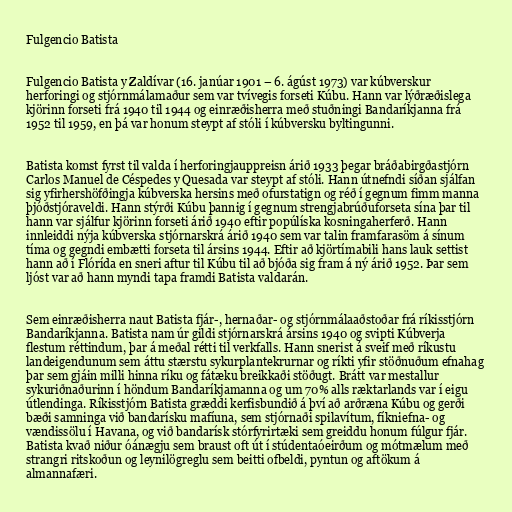
Fulgencio Batista

Fulgencio Batista y Zaldívar (16. janúar 1901 – 6. ágúst 1973) var kúbverskur
herforingi og stjórnmálamaður sem var tvívegis forseti Kúbu. Hann var lýðræðislega
kjörinn forseti frá 1940 til 1944 og einræðisherra með stuðningi Bandaríkjanna frá
1952 til 1959, en þá var honum steypt af stóli í kúbversku byltingunni.

Batista komst fyrst til valda í herforingjauppreisn árið 1933 þegar bráðabirgðastjórn
Carlos Manuel de Céspedes y Quesada var steypt af stóli. Hann útnefndi síðan sjálfan
sig yfirhershöfðingja kúbverska hersins með ofurstatign og réð í gegnum fimm manna
þjóðstjóraveldi. Hann stýrði Kúbu þannig í gegnum strengjabrúðuforseta sína þar til
hann var sjálfur kjörinn forseti árið 1940 eftir popúlíska kosningaherferð. Hann
innleiddi nýja kúbverska stjórnarskrá árið 1940 sem var talin framfarasöm á sínum
tíma og gegndi embætti forseta til ársins 1944. Eftir að kjörtímabili hans lauk settist
hann að í Flórída en sneri aftur til Kúbu til að bjóða sig fram á ný árið 1952. Þar sem
ljóst var að hann myndi tapa framdi Batista valdarán.

Sem einræðisherra naut Batista fjár-, hernaðar- og stjórnmálaaðstoðar frá ríkisstjórn
Bandaríkjanna. Batista nam úr gildi stjórnarskrá ársins 1940 og svipti Kúbverja
flestum réttindum, þar á meðal rétti til verkfalls. Hann snerist á sveif með ríkustu
landeigendunum sem áttu stærstu sykurplantekrurnar og ríkti yfir stöðnuðum efnahag
þar sem gjáin milli hinna ríku og fátæku breikkaði stöðugt. Brátt var mestallur
sykuriðnaðurinn í höndum Bandaríkjamanna og um 70% alls ræktarlands var í eigu
útlendinga. Ríkisstjórn Batista græddi kerfisbundið á því að arðræna Kúbu og gerði
bæði samninga við bandarísku mafíuna, sem stjórnaði spilavítum, fíkniefna- og
vændissölu í Havana, og við bandarísk stórfyrirtæki sem greiddu honum fúlgur fjár.
Batista kvað niður óánægju sem braust oft út í stúdentaóeirðum og mótmælum með
strangri ritskoðun og leynilögreglu sem beitti ofbeldi, pyntun og aftökum á
almannafæri.